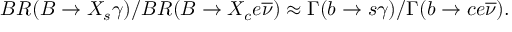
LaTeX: B R ( B \rightarrow X _ { s } \gamma ) / B R ( B \rightarrow X _ { c } e \overline { { \nu } } ) \approx \Gamma ( b \rightarrow s \gamma ) / \Gamma ( b \rightarrow c e \overline { { \nu } } ) .